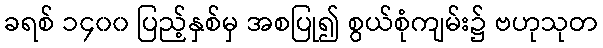
ခရစ် ၁၄၀၀ ပြည့်နှစ်မှ အစပြု၍ စွယ်စုံကျမ်း၌ ဗဟုသုတ